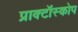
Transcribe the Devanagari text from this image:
प्राक्टॉस्कोप